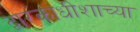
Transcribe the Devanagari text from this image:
द्वारकाधीशाच्या